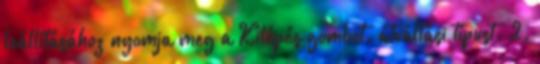
leállításához nyomja meg a Kilépés gombot. átváltási típust. 2.